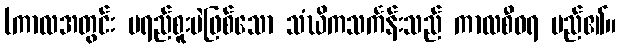
(ကာလအတွင်း မရည်စူးပဲဖြစ်သော သံဃိကသင်္ကန်းသည် ကာလစီဝရ မည်၏။